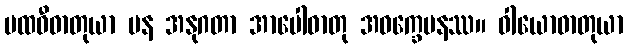
ပထဝီဓာတုယာ ပန အနုဂတာ အာပေါဓာတု အဝက္ခေပနဿ။ ဝါယောဓာတုယာ